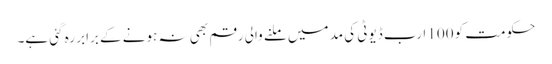
حکومت کو 100 ا رب ڈیوٹی کی مد میں ملنے والی رقم بھی نہ ہونے کے برابر رہ گئی ہے۔